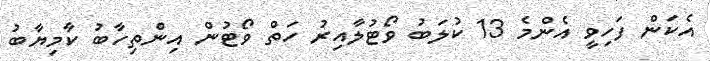
އެކަން ފަހިވީ އެންމެ 13 ކުލަބު ވޯޓުލާއިރު ހަތް ވޯޓުން އިންތިހާބު ކާމިޔާބު